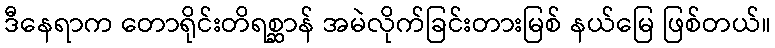
ဒီနေရာက တောရိုင်းတိရစ္ဆာန် အမဲလိုက်ခြင်းတားမြစ် နယ်မြေ ဖြစ်တယ်။